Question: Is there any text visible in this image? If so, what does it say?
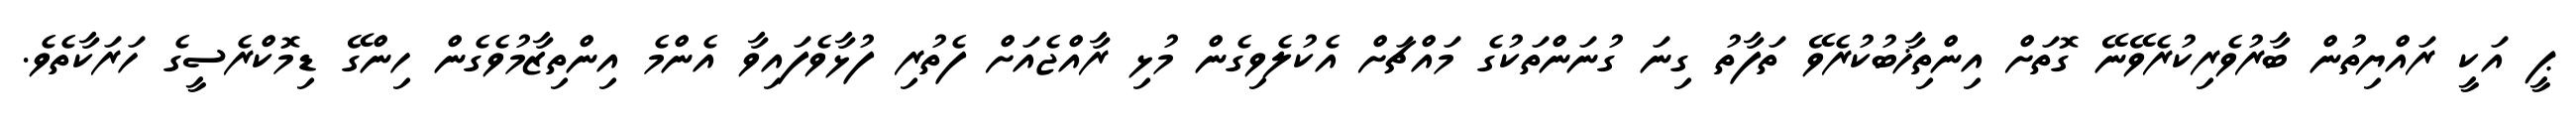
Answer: ޕީ އަކީ ރައްޔިތުން ބާރުވެރިކުރެވޭނޭ ގޮތަށް އިންތިޚާބުކުރެވޭ ތަފާތު ގިނަ ގުނަންތަކުގެ މައްޗަށް އެކުލެވިގެން މުޅި ރާއްޖެއަށް ފެތުރި ފުޅާވެފައިވާ އެންމެ އިންތިޒާމުވެގެން ހިންގޭ ޑިމޮކްރެސީގެ ހަރަކާތެވެ.